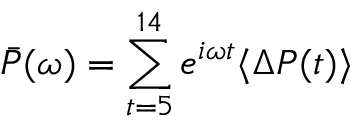
\bar { P } ( \omega ) = \sum _ { t = 5 } ^ { 1 4 } e ^ { i \omega t } \langle \Delta P ( t ) \rangle